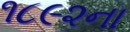
૧૮૯૨ના